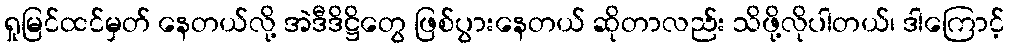
ရှုမြင်ထင်မှတ် နေတယ်လို့ အဲဒီဒိဋ္ဌိတွေ ဖြစ်ပွားနေတယ် ဆိုတာလည်း သိဖို့လိုပါတယ်၊ ဒါကြောင့်